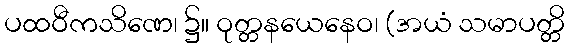
ပထဝီကသိဏေ၊ ၌။ ဝုတ္တနယေနေဝ၊ (အယံ သမာပတ္တိ